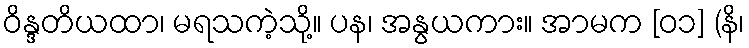
ဝိန္ဒတိယထာ၊ မရသကဲ့သို့။ ပန၊ အနွယကား။ အာမက [၀၁] (နိ၊